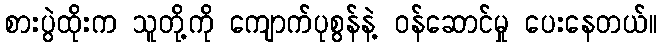
စားပွဲထိုးက သူတို့ကို ကျောက်ပုစွန်နဲ့ ဝန်ဆောင်မှု ပေးနေတယ်။